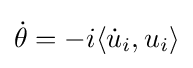
{\textstyle {\dot {\theta }}=-i\langle {\dot {u}}_{i},u_{i}\rangle }